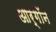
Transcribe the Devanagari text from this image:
आर्‌गॉन